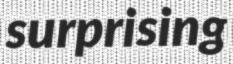
surprising